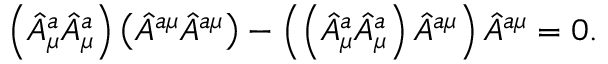
\left( \hat { A } _ { \mu } ^ { a } \hat { A } _ { \mu } ^ { a } \right) \left( \hat { A } ^ { a \mu } \hat { A } ^ { a \mu } \right) - \left( \left( \hat { A } _ { \mu } ^ { a } \hat { A } _ { \mu } ^ { a } \right) \hat { A } ^ { a \mu } \right) \hat { A } ^ { a \mu } = 0 .